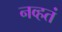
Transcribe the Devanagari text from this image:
नव्‍हतं